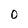
Character: O